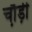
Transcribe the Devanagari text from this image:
चौ़ड़ी